Report on the working of the Ranchi Indian Mental Hospital, Kanke, in Bihar and Orissa - 1930-1940
Year: 1930
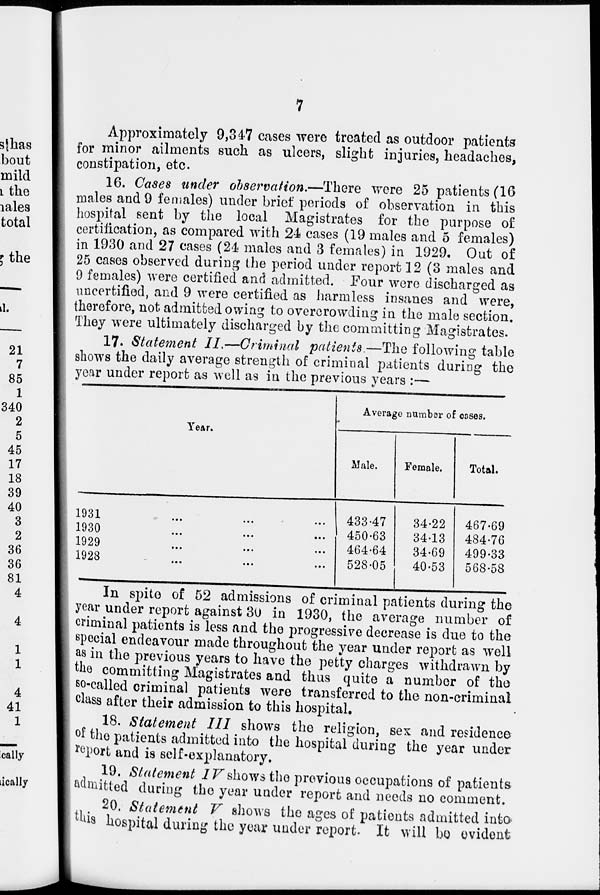
7
Approximately 9,347 cases were treated as outdoor patients
for minor ailments such as ulcers, slight injuries, headaches,
constipation, etc.
16. Cases under observation.—There were 25 patients (16
males and 9 females) under brief periods of observation in this
hospital sent by the local Magistrates for the purpose of
certification, as compared with 24 cases (19 males and 5 females)
in 1930 and 27 cases (24 males and 3 females) in 1929. Out of
25 cases observed during the period under report 12 (3 males and
9 females) were certified and admitted. Four were discharged as
uncertified, and 9 were certified as harmless insanes and were,
therefore, not admitted owing to overcrowding in the male section.
They were ultimately discharged by the committing Magistrates.
17. Statement II.—Criminal patients.—The following table
shows the daily average strength of criminal patients during the
year under report as well as in the previous years :—
Year.
1931
...
...
...
1930
...
...
...
1929
...
...
...
1928 ... ... ...
Average number of cases.
Male.
433.47
450.63
464.64
528.05
Female.
34.22
34.13
34.69
40.53
Total.
467.69
484.76
499.33
568.58
In spite of 52 admissions of criminal patients during the
year under report against 30 in 1930, the average number of
criminal patients is less and the progressive decrease is due to the
special endeavour made throughout the year under report as well
as in the previous years to have the petty charges withdrawn by
the committing Magistrates and thus quite a number of the
so-called criminal patients were transferred to the non-criminal
class after their admission to this hospital.
18. Statement III shows the religion, sex and residence
of the patients admitted into the hospital during the year under
report and is self-explanatory.
19. Statement IV shows the previous occupations of patients
admitted during the year under report and needs no comment.
20. Statement V shows the ages of patients admitted into
this hospital during the year under report. It will be evident